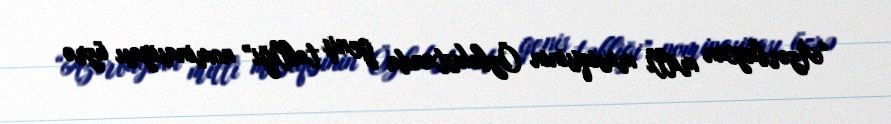
“Azərbaycan milli musiqisinin Özbəkistanda geniş təbliği” nominasiyası üzrə